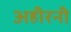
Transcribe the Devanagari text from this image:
अहीरनी